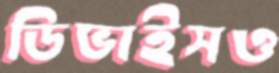
ডিভাইসও